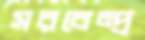
সরবেন্দ্র